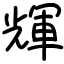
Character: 輝